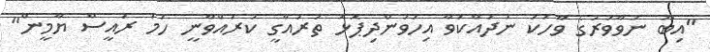
"އިބޫ ނުވާވަރުގެ ވާހަކަ ނުދައްކަވާ އިހަވަންދިޕޮޅު ތަރައްގީ ކުރައްވާނީ ހަމަ ރައީސް ޔާމީން"